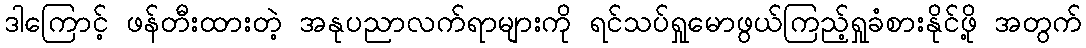
ဒါကြောင့် ဖန်တီးထားတဲ့ အနုပညာလက်ရာများကို ရင်သပ်ရှုမောဖွယ်ကြည့်ရှုခံစားနိုင်ဖို့ အတွက်